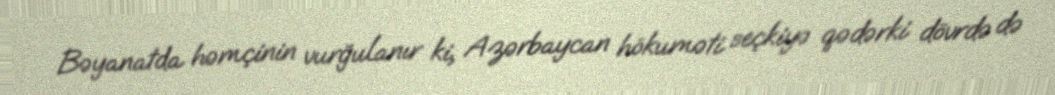
Bəyanatda həmçinin vurğulanır ki, Azərbaycan hökuməti seçkiyə qədərki dövrdə də